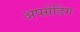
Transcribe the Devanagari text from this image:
अपग्रेडिंग